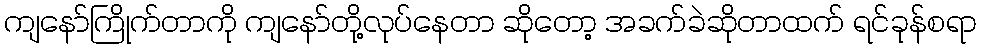
ကျနော်ကြိုက်တာကို ကျနော်တို့လုပ်နေတာ ဆိုတော့ အခက်ခဲဆိုတာထက် ရင်ခုန်စရာ